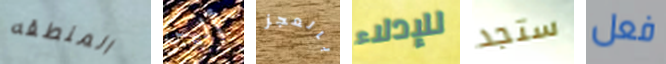
المنطقه أليس بالعجز للإدلاء ستجد فعل